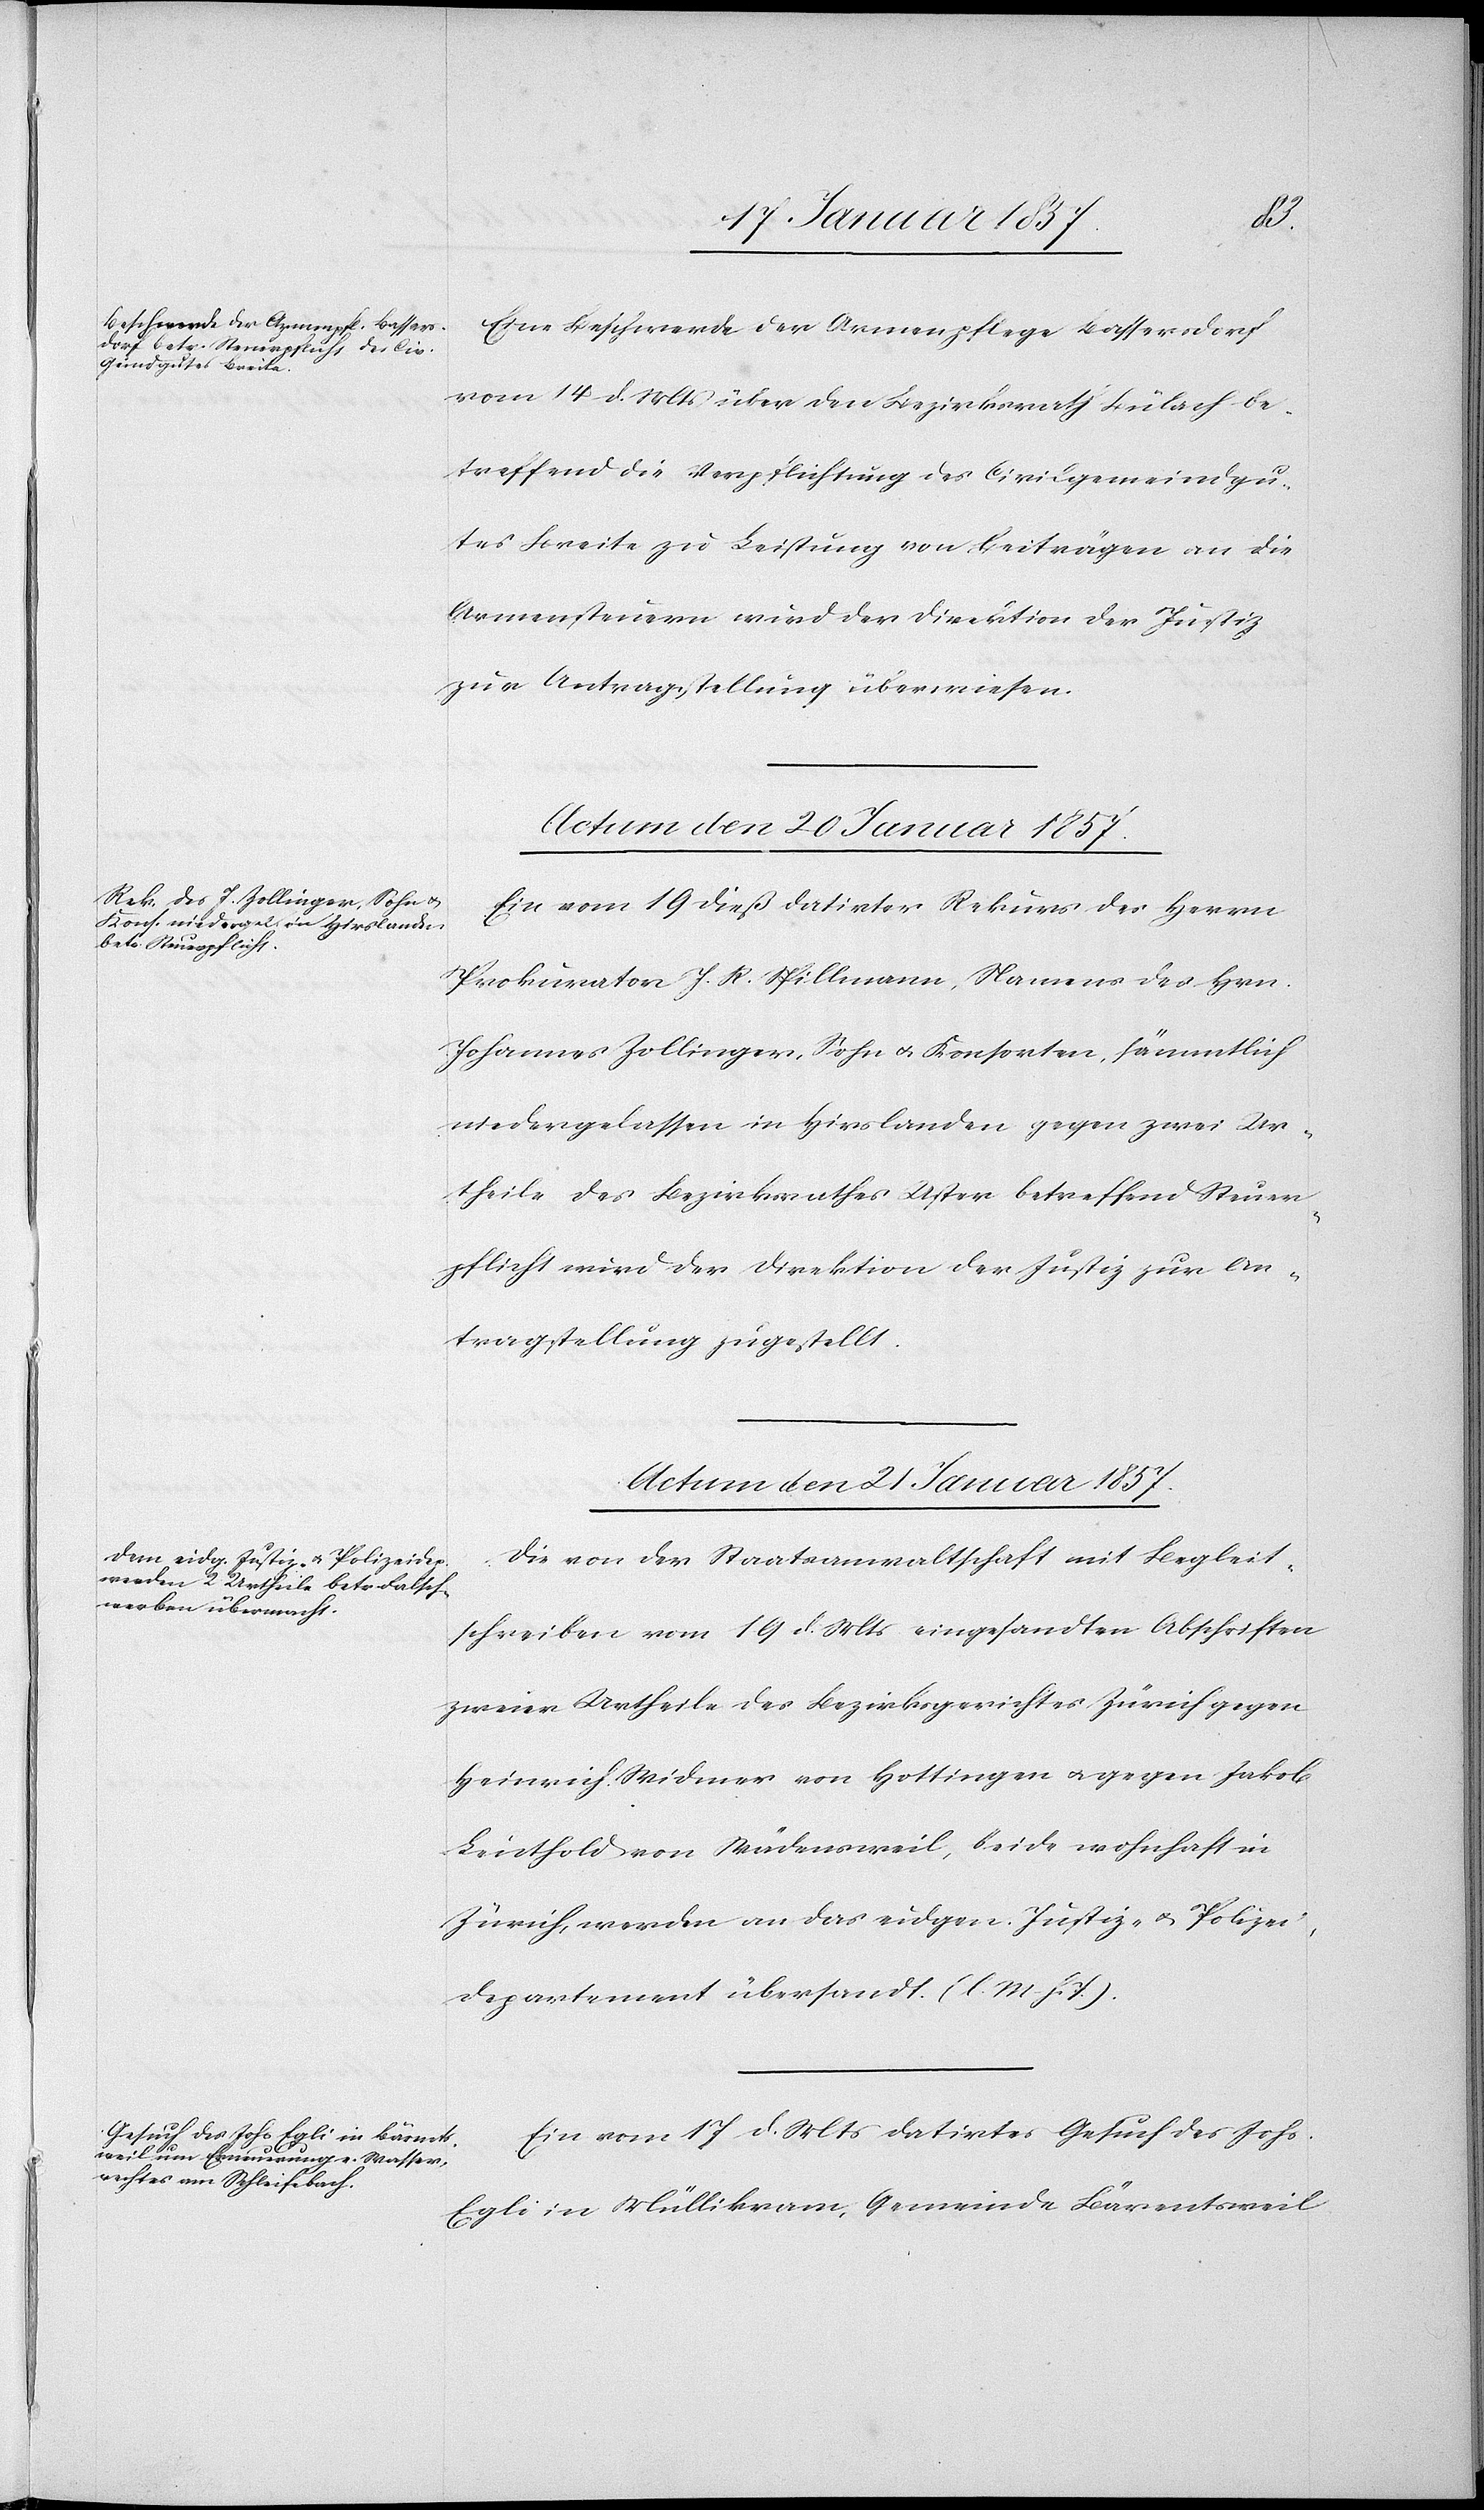
Eine Beschwerde der Armenpflege Bassersdorf
vom 14 d. Mts über den Bezirksrath Bülach be¬
treffend die Verpflichtung des Civilgemeindgu¬
tes Breite zu Leistung von Beiträgen an die
Armensteuern wird der Direktion der Justiz
zur Antragstellung überwiesen.
Actum den 20Januar 1857.
Ein vom 19 dieß datirter Rekurs des Herrn
Prokurator J. R. Spillmann, Namens des Hrn.
Johannes Zollinger, Sohn & Konsorten, sämmtlich
niedergelassen in Hirslanden gegen zwei Ur¬
theile des Bezirksrathes Uster betreffend Steuer¬
pflicht wird der Direktion der Justiz zur An¬
tragstellung zugestellt.
Actum den 21Januar 1857.]
Die von der Staatsanwaltschaft mit Begleit¬
schreiben vom 19 d. Mts eingesandten Abschriften
zweier Urtheile des Bezirksgerichtes Zürich gegen
Heinrich Widmer von Hottingen u. gegen Jakob
Leuthold von Wädenswil, beide wohnhaft in
Zürich, werden an das eidgen. Justiz- u. Polizei¬
departement übersandt. (l. M. h. T.)
Ein vom 17 d. Mts datirtes Gesuch des Johs.
Egli in Müllikram, Gemeinde Bärentsweil